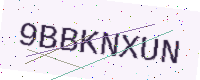
Text: 9BBKNXUN